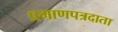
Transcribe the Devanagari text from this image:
प्रमाणपत्रदाता